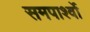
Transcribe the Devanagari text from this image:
समपार्श्वो